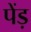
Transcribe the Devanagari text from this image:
पेंड़